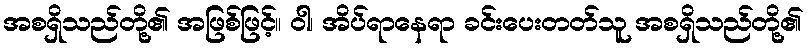
အစရှိသည်တို့၏ အဖြစ်ဖြင့်။ ဝါ၊ အိပ်ရာနေရာ ခင်းပေးတတ်သူ အစရှိသည်တို့၏